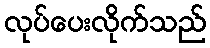
လုပ်ပေးလိုက်သည်